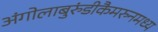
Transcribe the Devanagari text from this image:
अंगोलाबुरुंडीकैमरुनमध्य